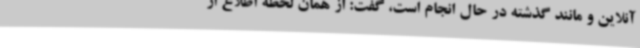
آنلاین و مانند گذشته در حال انجام است، گفت: از همان لحظه اطلاع از